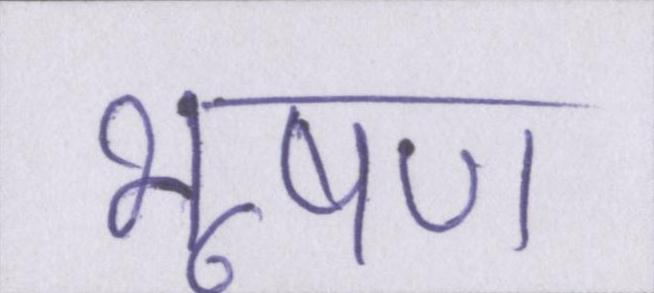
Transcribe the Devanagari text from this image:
भूषण